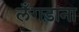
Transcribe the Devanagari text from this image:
लँगड़ाना